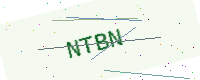
Text: NTBN